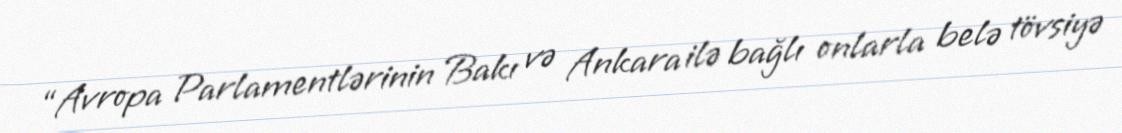
“Avropa Parlamentlərinin Bakı və Ankara ilə bağlı onlarla belə tövsiyə